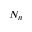
N _ { n }